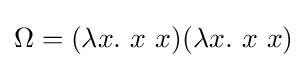
\Omega =(\lambda x.~x~x)(\lambda x.~x~x)